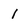
Character: I